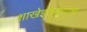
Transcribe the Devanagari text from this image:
शाखेइतक्याच